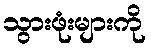
သွားဖုံးများကို